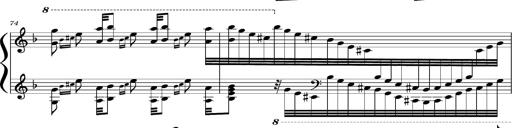
Title: Concerto sans orchestre, S.524a
Composer: Franz Liszt
Key: A major